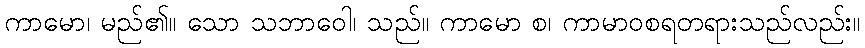
ကာမော၊ မည်၏။ သော သဘာဝေါ၊ သည်။ ကာမော စ၊ ကာမာဝစရတရားသည်လည်း။